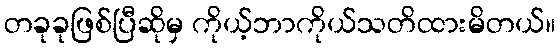
တခုခုဖြစ်ပြီဆိုမှ ကိုယ့်ဘာကိုယ်သတိထားမိတယ်။